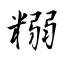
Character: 糑